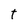
Character: t